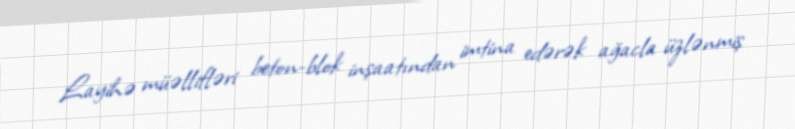
Layihə müəllifləri beton-blok inşaatından imtina edərək ağacla üzlənmiş